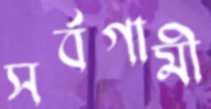
সর্বগামী